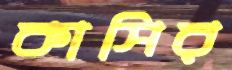
কাসির